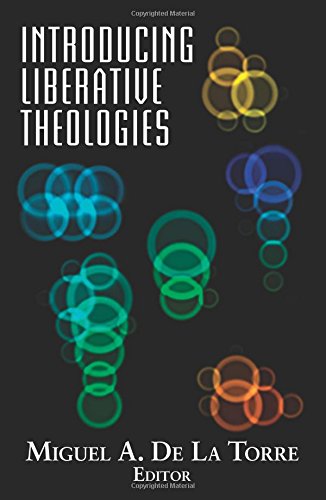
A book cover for Introducing Liberative Theologies (Introducing series); Miguel De La Torre; Christian Books & Bibles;